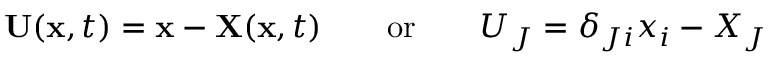
\ \mathbf { U } ( \mathbf { x } , t ) = \mathbf { x } - \mathbf { X } ( \mathbf { x } , t ) \qquad { \mathrm { o r } } \qquad U _ { J } = \delta _ { J i } x _ { i } - X _ { J }